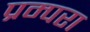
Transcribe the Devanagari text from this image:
प्रम्परा